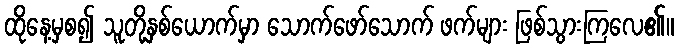
ထိုနေ့မှစ၍ သူတို့နှစ်ယောက်မှာ သောက်ဖော်သောက် ဖက်များ ဖြစ်သွားကြလေ၏။